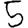
Digit: 5